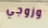
وزوجي